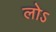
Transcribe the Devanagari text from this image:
लोऽ